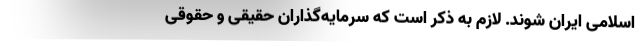
اسلامی ایران شوند. لازم به ذکر است که سرمایه‌گذاران حقیقی و حقوقی